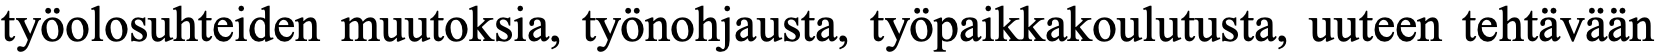
työolosuhteiden muutoksia, työnohjausta, työpaikkakoulutusta, uuteen tehtävään